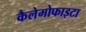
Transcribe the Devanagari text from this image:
कैलेमोफाइटा